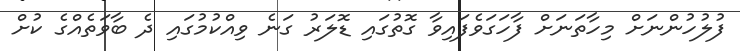
ފުލުހުންނަށް މިހާތަނަށް ފާހަގަވެފައިވާ ގޮތުގައި ޑޮލަރު ގަނެ ވިއްކުމުގައި ދެ ބާވަތެއްގެ ކުށް